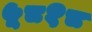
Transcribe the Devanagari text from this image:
५८१८